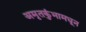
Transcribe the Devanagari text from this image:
अमृतकुंभामधून